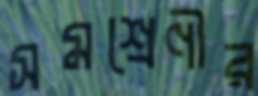
সমশ্রেণীর